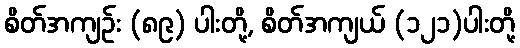
စိတ်အကျဉ်း (၈၉) ပါးတို့, စိတ်အကျယ် (၁၂၁)ပါးတို့